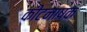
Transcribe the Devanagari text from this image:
कीटनाषक